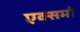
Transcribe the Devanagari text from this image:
एक्समो